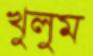
খুলুম